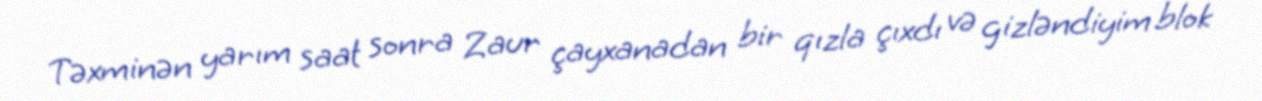
Təxminən yarım saat sonra Zaur çayxanadan bir qızla çıxdı və gizləndiyim blok